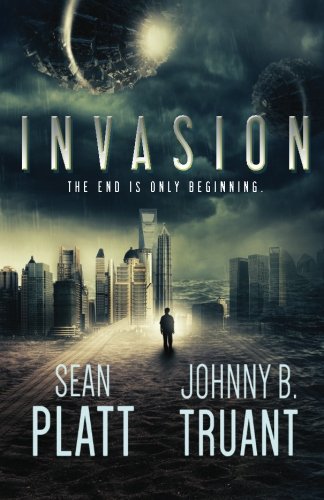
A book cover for Invasion (Alien Invasion) (Volume 1); Sean Platt; Science Fiction & Fantasy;